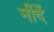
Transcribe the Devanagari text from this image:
नींदें